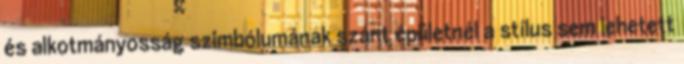
és alkotmányosság szimbólumának szánt épületnél a stílus sem lehetett